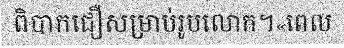
ពិបាកជឿសម្រាប់រូបលោក។«ពេល